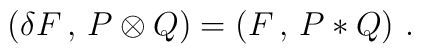
(\delta F\, ,\, P\otimes Q) = (F\, ,\, P*Q) \ .